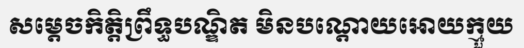
សម្តេចកិត្តិព្រឹទ្ធបណ្ឌិត មិនបណ្តោយអោយក្មួយ